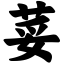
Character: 荽